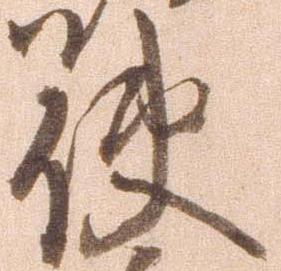
使